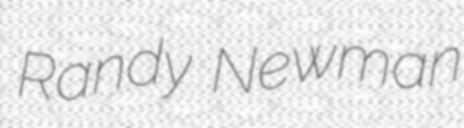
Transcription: Randy Newman